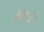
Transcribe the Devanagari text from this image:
एव।।